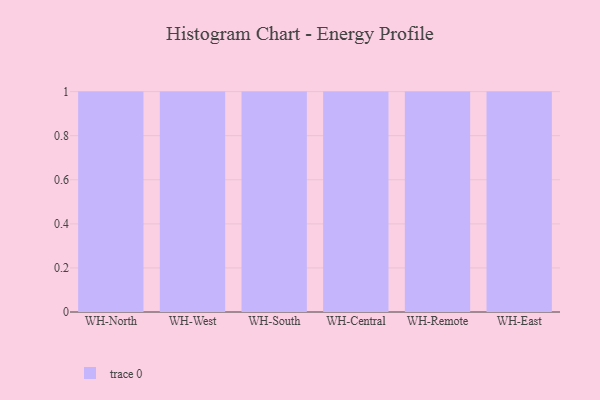
{"axis": {"x": "Warehouse", "y": "Latency (ms)"}, "legend": [""], "data": [{"x": "WH-North", "y": 18, "type": ""}, {"x": "WH-West", "y": 80, "type": ""}, {"x": "WH-South", "y": 97, "type": ""}, {"x": "WH-Central", "y": 21, "type": ""}, {"x": "WH-Remote", "y": 97, "type": ""}, {"x": "WH-East", "y": 39, "type": ""}]}